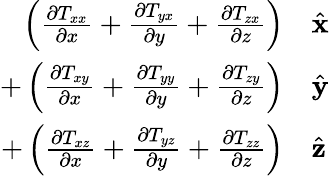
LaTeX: \begin{array}{rl}{\left({\frac{\partial T_{xx}}{\partial x}}+{\frac{\partial T_{yx}}{\partial y}}+{\frac{\partial T_{zx}}{\partial z}}\right)}&{{}{\hat{\mathbf{x}}}}\\ {+\left({\frac{\partial T_{xy}}{\partial x}}+{\frac{\partial T_{yy}}{\partial y}}+{\frac{\partial T_{zy}}{\partial z}}\right)}&{{}{\hat{\mathbf{y}}}}\\ {+\left({\frac{\partial T_{xz}}{\partial x}}+{\frac{\partial T_{yz}}{\partial y}}+{\frac{\partial T_{zz}}{\partial z}}\right)}&{{}{\hat{\mathbf{z}}}}\end{array}